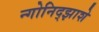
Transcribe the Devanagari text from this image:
न्गोनिद्झाशे